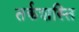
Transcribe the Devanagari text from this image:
तर्कशस्ति